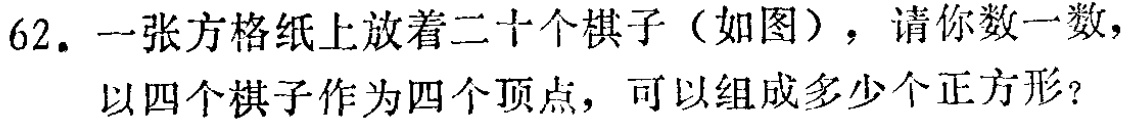
62. 一张方格纸上放着二十个棋子（如图），请你数一数，以四个棋子作为四个顶点，可以组成多少个正方形？